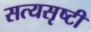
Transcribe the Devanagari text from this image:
सत्यसृष्टी